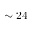
\sim 2 4